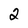
Character: 2